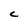
Character: C